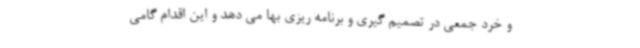
و خرد جمعی در تصمیم گیری و برنامه ریزی بها می دهد و این اقدام گامی